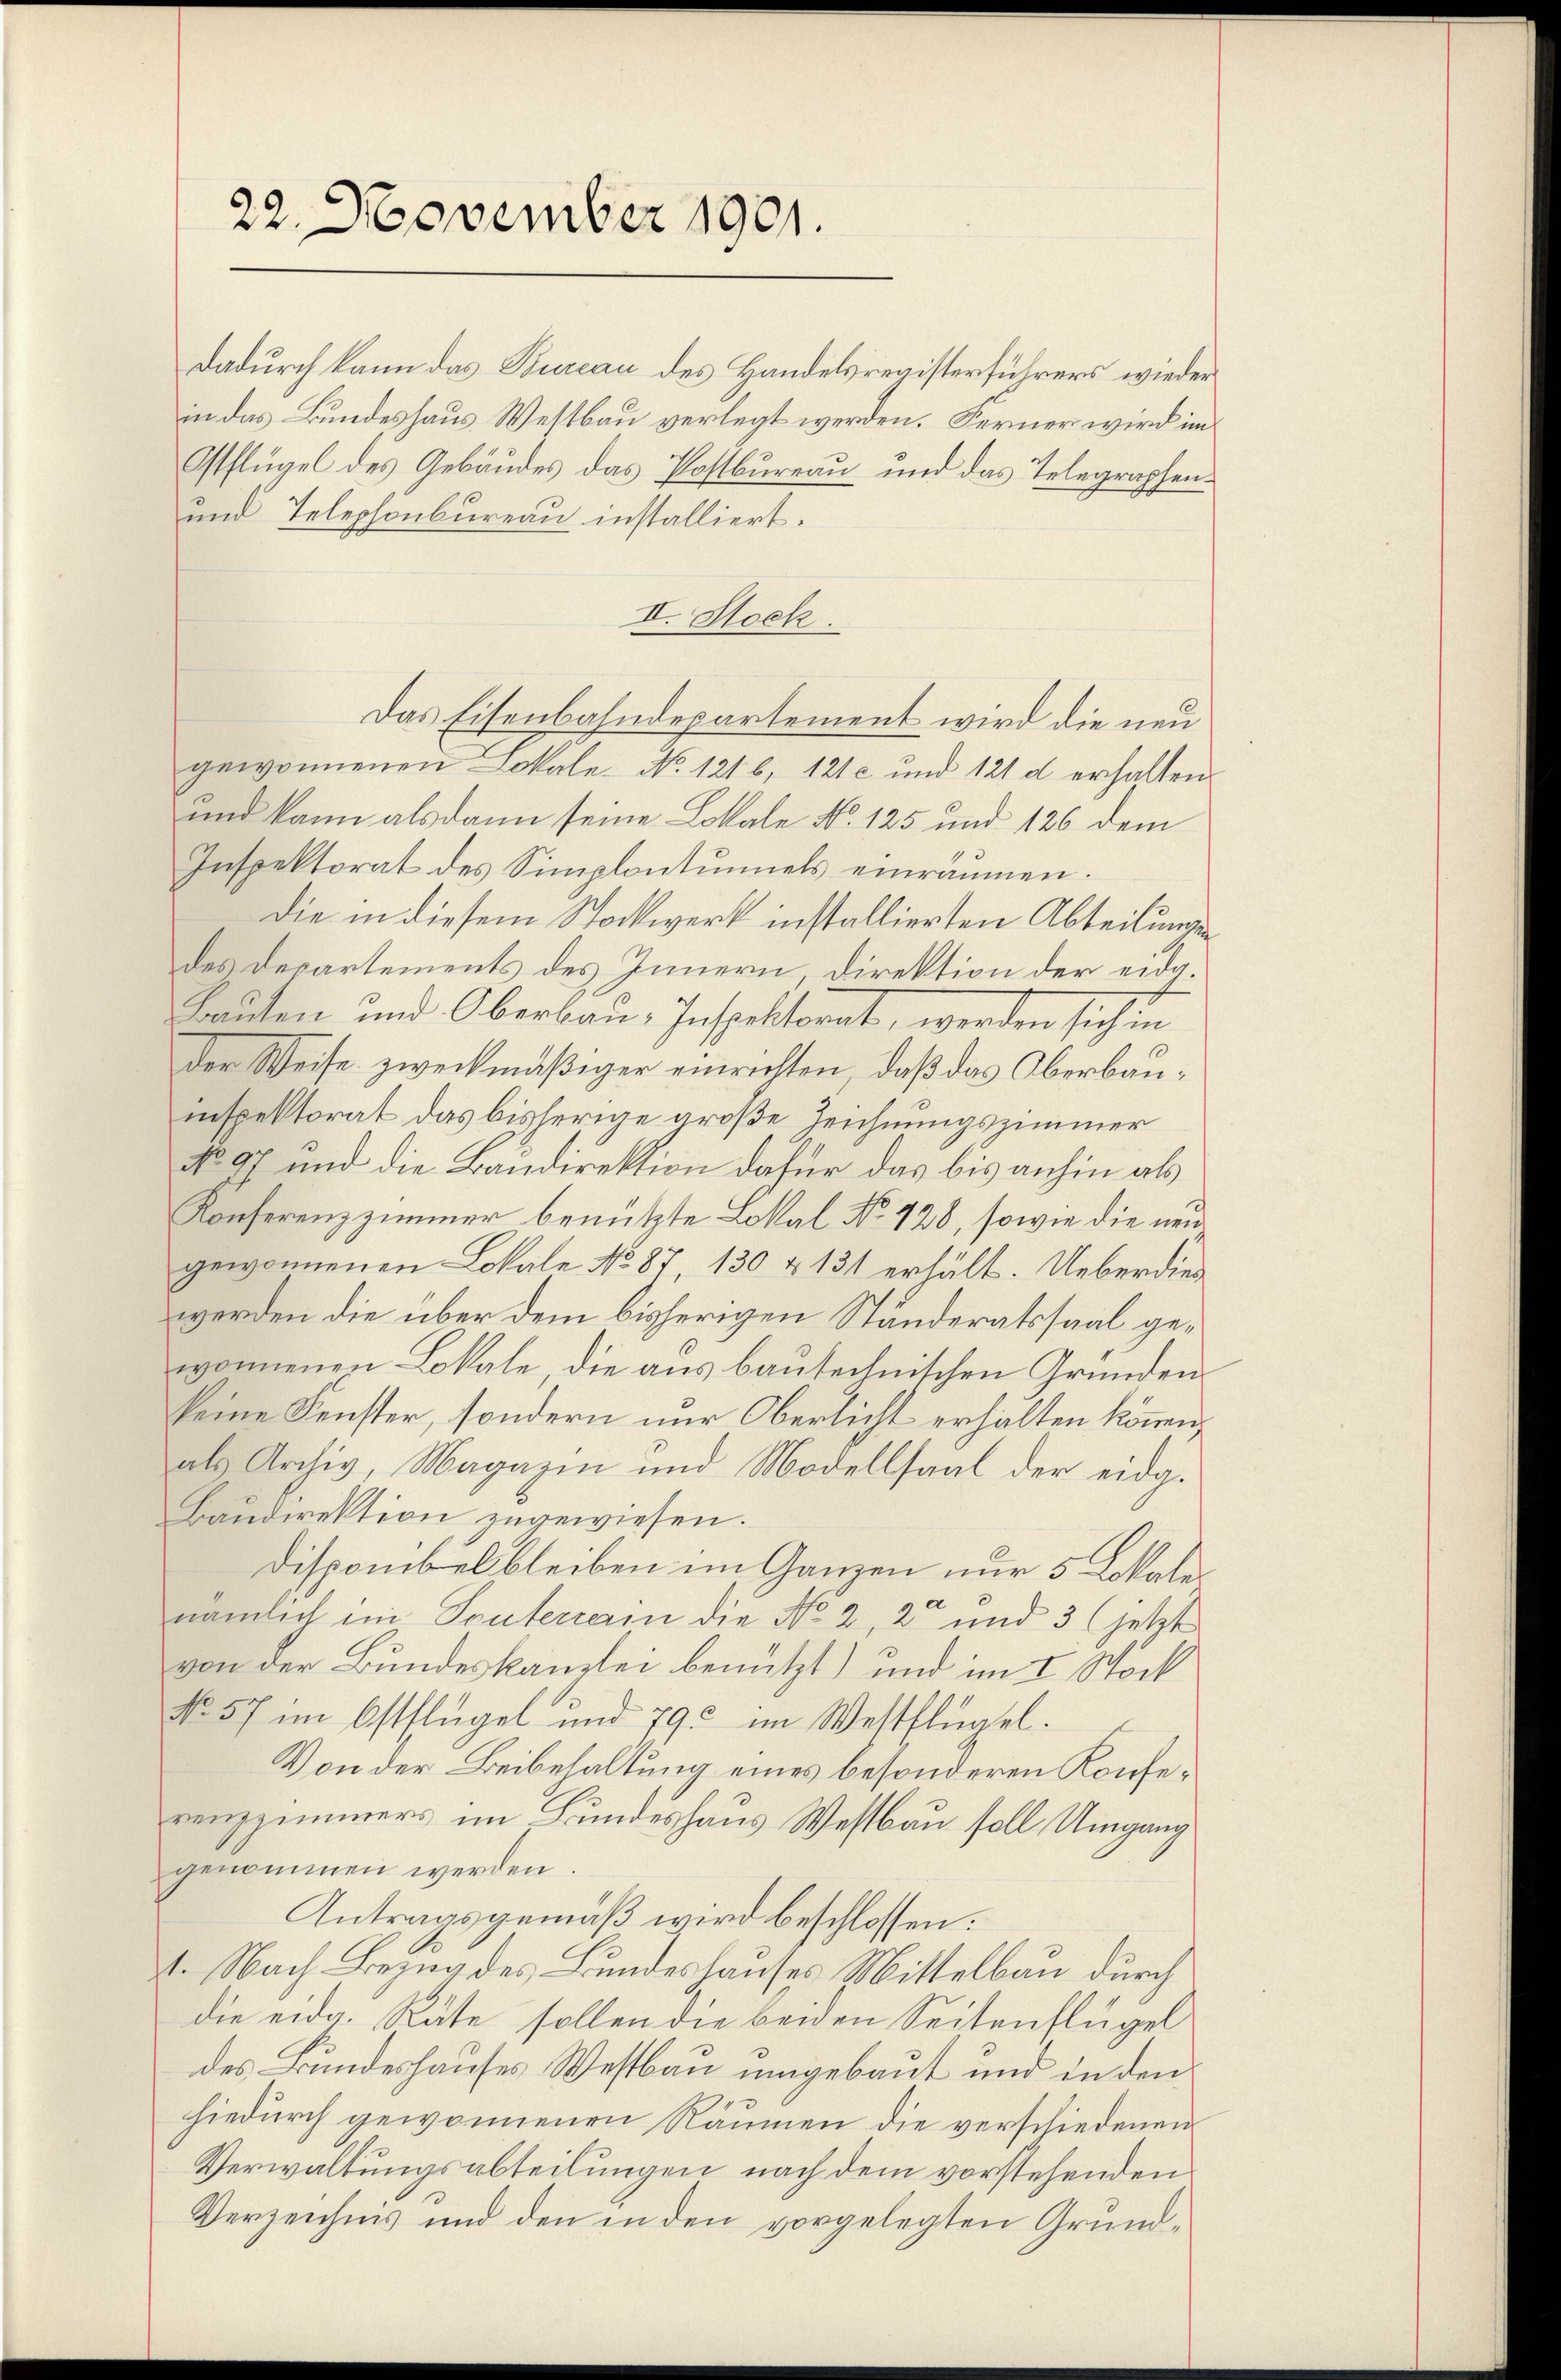
22. November 1901.

Dadurch kann das Bureau des Handelsregisterführers wieder
in das Bundeshaus Westbau verlegt werden. Ferner wird im
Ostflügel des Gebäudes das Postbureau und das Telegraphen¬
und Telephonbureau installiert.
II. Stock.
Das Eisenbahndepartement wird die neu
gewonnenen Lokale. No. 1216, 121 c und 121 d erhalten.
und kann alsdann seine Lokale No. 125 und 126 dem
Inspektorat des Simplontuniels einräumen.
Die in diesem Stockwerk installierten Abteilungen
des Departements des Innern, Direktion der eidg
Bauten und Oberbau, Inspektorat, werden sich in
der Weise zweckmäßiger einrichten, daß das Oberbauinspektorat das bisherige große Zeichnungszimmer
No 97 und die Baudirektion dafür das bis anhin als
Konferenzzimmer benutzte Lokal No 128, sowie die neu
gewonnenen Lokale No 87 130 & 131 erhält. Ueberdiewerden die über dem bisherigen Ständeratssaal gewonnenen Lokale, die aus bautechnischen Gründen
keine Fenster, sondern nur Oberlicht erhalten können,
als Archiv, Magazin und Modellsaal der eidg.
Baudirektion zugewiesen.
Disponibel bleiben im Ganzen nur 5 Lokale
nämlich im Souteriam die No 2, 2 und 3 (jetzt
von der Bundeskanzlei benutzt) und im I. Stock
No 57 im Ostflügel und 790 im Westflügel.
Von der Beibehaltung eines besonderen Konferenzzimmers im Bundeshaus Westbau soll Umgang
genommen werden.
Antragsgemäß wird beschlossen:
1. Nach Bezug des Bundeshauses Mittelbau durch
die eidg. Räte sollen die beiden Seitenflügel
des Bundeshauses Westbau umgebaut und in den
hiedurch gewonnenen Räumen die verschiedenen
Verwaltungsabteilungen nach dem vorstehenden
Verzeichnis und den in den vorgelegten Grund¬